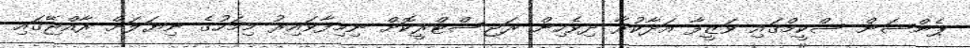
ޕެންޝަން ސްކީމްގައި ވަޒީފާ އަދާކުރާ ދިވެހިން ރަޖިސްޓްރީކޮށް ނިމިފާވައިރު މިމަހުގެ ނިޔަލަށް ރާއްޖޭގައި